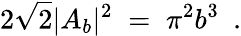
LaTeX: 2\sqrt 2|A_{b}|^{2}\; =\; \pi^{2}b^{3}\ \ .